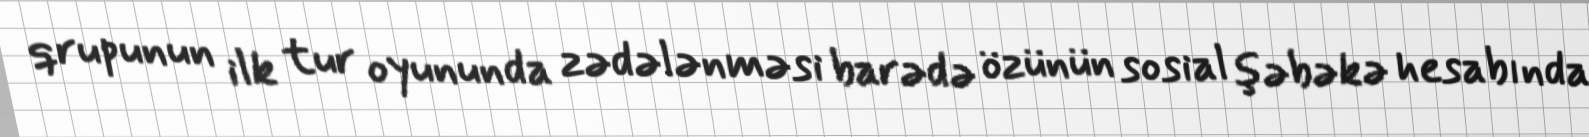
qrupunun ilk tur oyununda zədələnməsi barədə özünün sosial şəbəkə hesabında